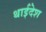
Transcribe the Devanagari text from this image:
थाईदेश